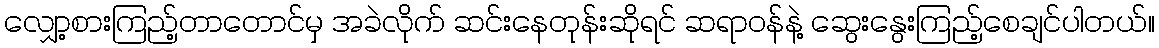
လျှော့စားကြည့်တာတောင်မှ အခဲလိုက် ဆင်းနေတုန်းဆိုရင် ဆရာဝန်နဲ့ ဆွေးနွေးကြည့်စေချင်ပါတယ်။